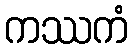
ကဿကံ